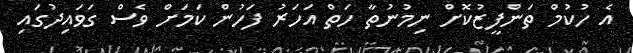
އެ ހުކުމް ތަންފީޒުކޮށް ނިމުނުތާ ހަތް އަހަރު ފަހުން ކަމަށް ވެސް ގަވައިދުގައި